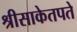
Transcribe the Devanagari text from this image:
श्रीसाकेतपते